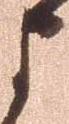
ま